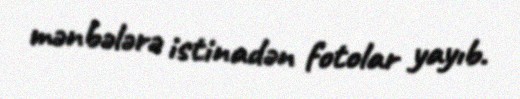
mənbələrə istinadən fotolar yayıb.